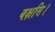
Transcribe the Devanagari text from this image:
बक्षसि।